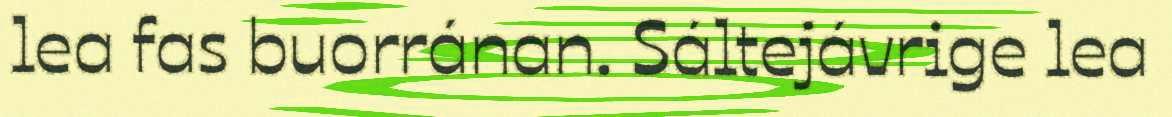
lea fas buorránan. Sáltejávrige lea